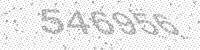
Solution: 546956